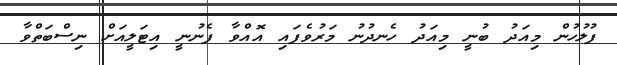
ފުލުހުން މިއަދު ބުނީ މިއަދު ހެނދުނު މަރުވެފައި އޮއްވާ ފެނުނީ އިޓަލީއަށް ނިސްބަތްވާ